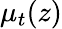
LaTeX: \mu_{t}(z)